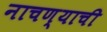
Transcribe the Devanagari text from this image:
नाचण्याची